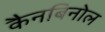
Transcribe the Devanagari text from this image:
कैनबिनोल